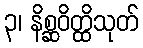
၃၊ နိစ္ဆဝိတ္ထိသုတ်